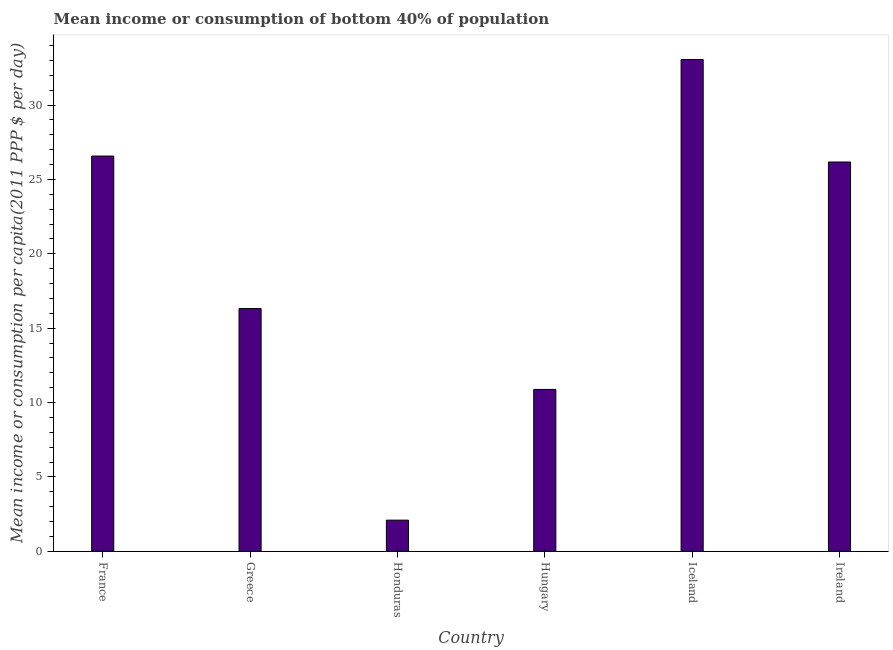
| Country | Bottom 40percent |
 | --- | --- |
 | France | 26.6 |
 | Greece | 16.3 |
 | Honduras | 2.1 |
 | Hungary | 10.9 |
 | Iceland | 33.1 |
 | Ireland | 26.2 |